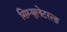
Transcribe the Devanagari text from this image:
सिम्युलेटरला